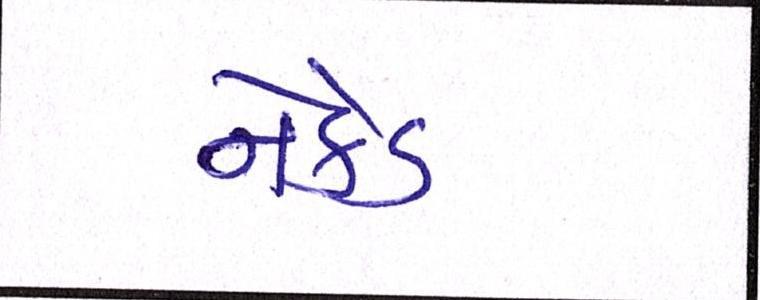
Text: નેકેડ